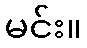
မင်း။